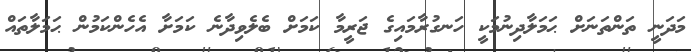
މަދަނީ ތަންތަނަށް ޙަމަލާދިނުމަކީ ހަނގުރާމައިގެ ޖަރީމާ ކަމަށް ބެލެވިދާނެ ކަމަށާ އެހެންކަމުން ޙަމަލާތައް